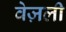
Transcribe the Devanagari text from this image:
वेज़ली